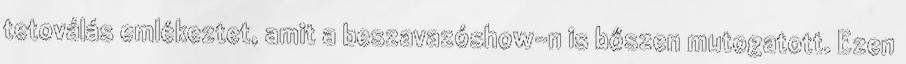
tetoválás emlékeztet, amit a beszavazóshow-n is bőszen mutogatott. Ezen